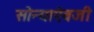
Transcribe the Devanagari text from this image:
सोन्याऐवजी